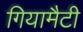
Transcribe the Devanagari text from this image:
गियामैटी